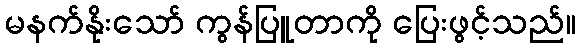
မနက်နိုးသော် ကွန်ပြူတာကို ပြေးဖွင့်သည်။